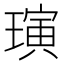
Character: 璌